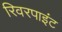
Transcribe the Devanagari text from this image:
रिवरपाइंट